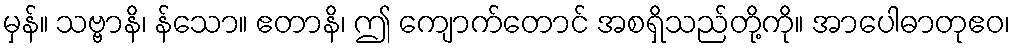
မှန်။ သဗ္ဗာနိ၊ န်သော။ ဧတာနိ၊ ဤ ကျောက်တောင် အစရှိသည်တို့ကို။ အာပေါဓာတုဧဝ၊